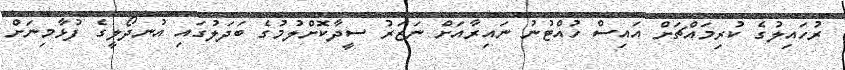
ރުހައިލުގެ ކުރިމައްޗަށް އައިސް ހުއްޓުނު ނައިރާއަށް ނަޒަރު ސީދާކޮށްލުމުގެ ބަދަލުގައި އުނދޯލީގެ ފުޅާމިނަށް